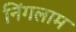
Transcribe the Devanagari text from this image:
निंगलाम